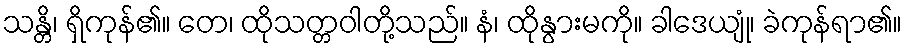
သန္တိ၊ ရှိကုန်၏။ တေ၊ ထိုသတ္တဝါတို့သည်။ နံ၊ ထိုနွားမကို။ ခါဒေယျုံ၊ ခဲကုန်ရာ၏။